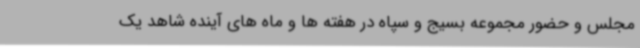
مجلس و حضور مجموعه بسیج و سپاه در هفته ها و ماه های آینده شاهد یک